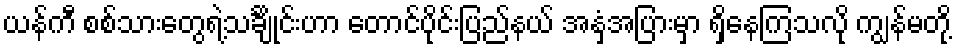
ယန်ကီ စစ်သားတွေရဲ့သင်္ချိုင်းဟာ တောင်ပိုင်းပြည်နယ် အနှံ့အပြားမှာ ရှိနေကြသလို ကျွန်မတို့